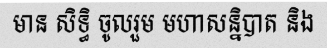
មាន សិទ្ធិ ចូលរួម មហាសន្និបាត និង